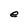
Character: e